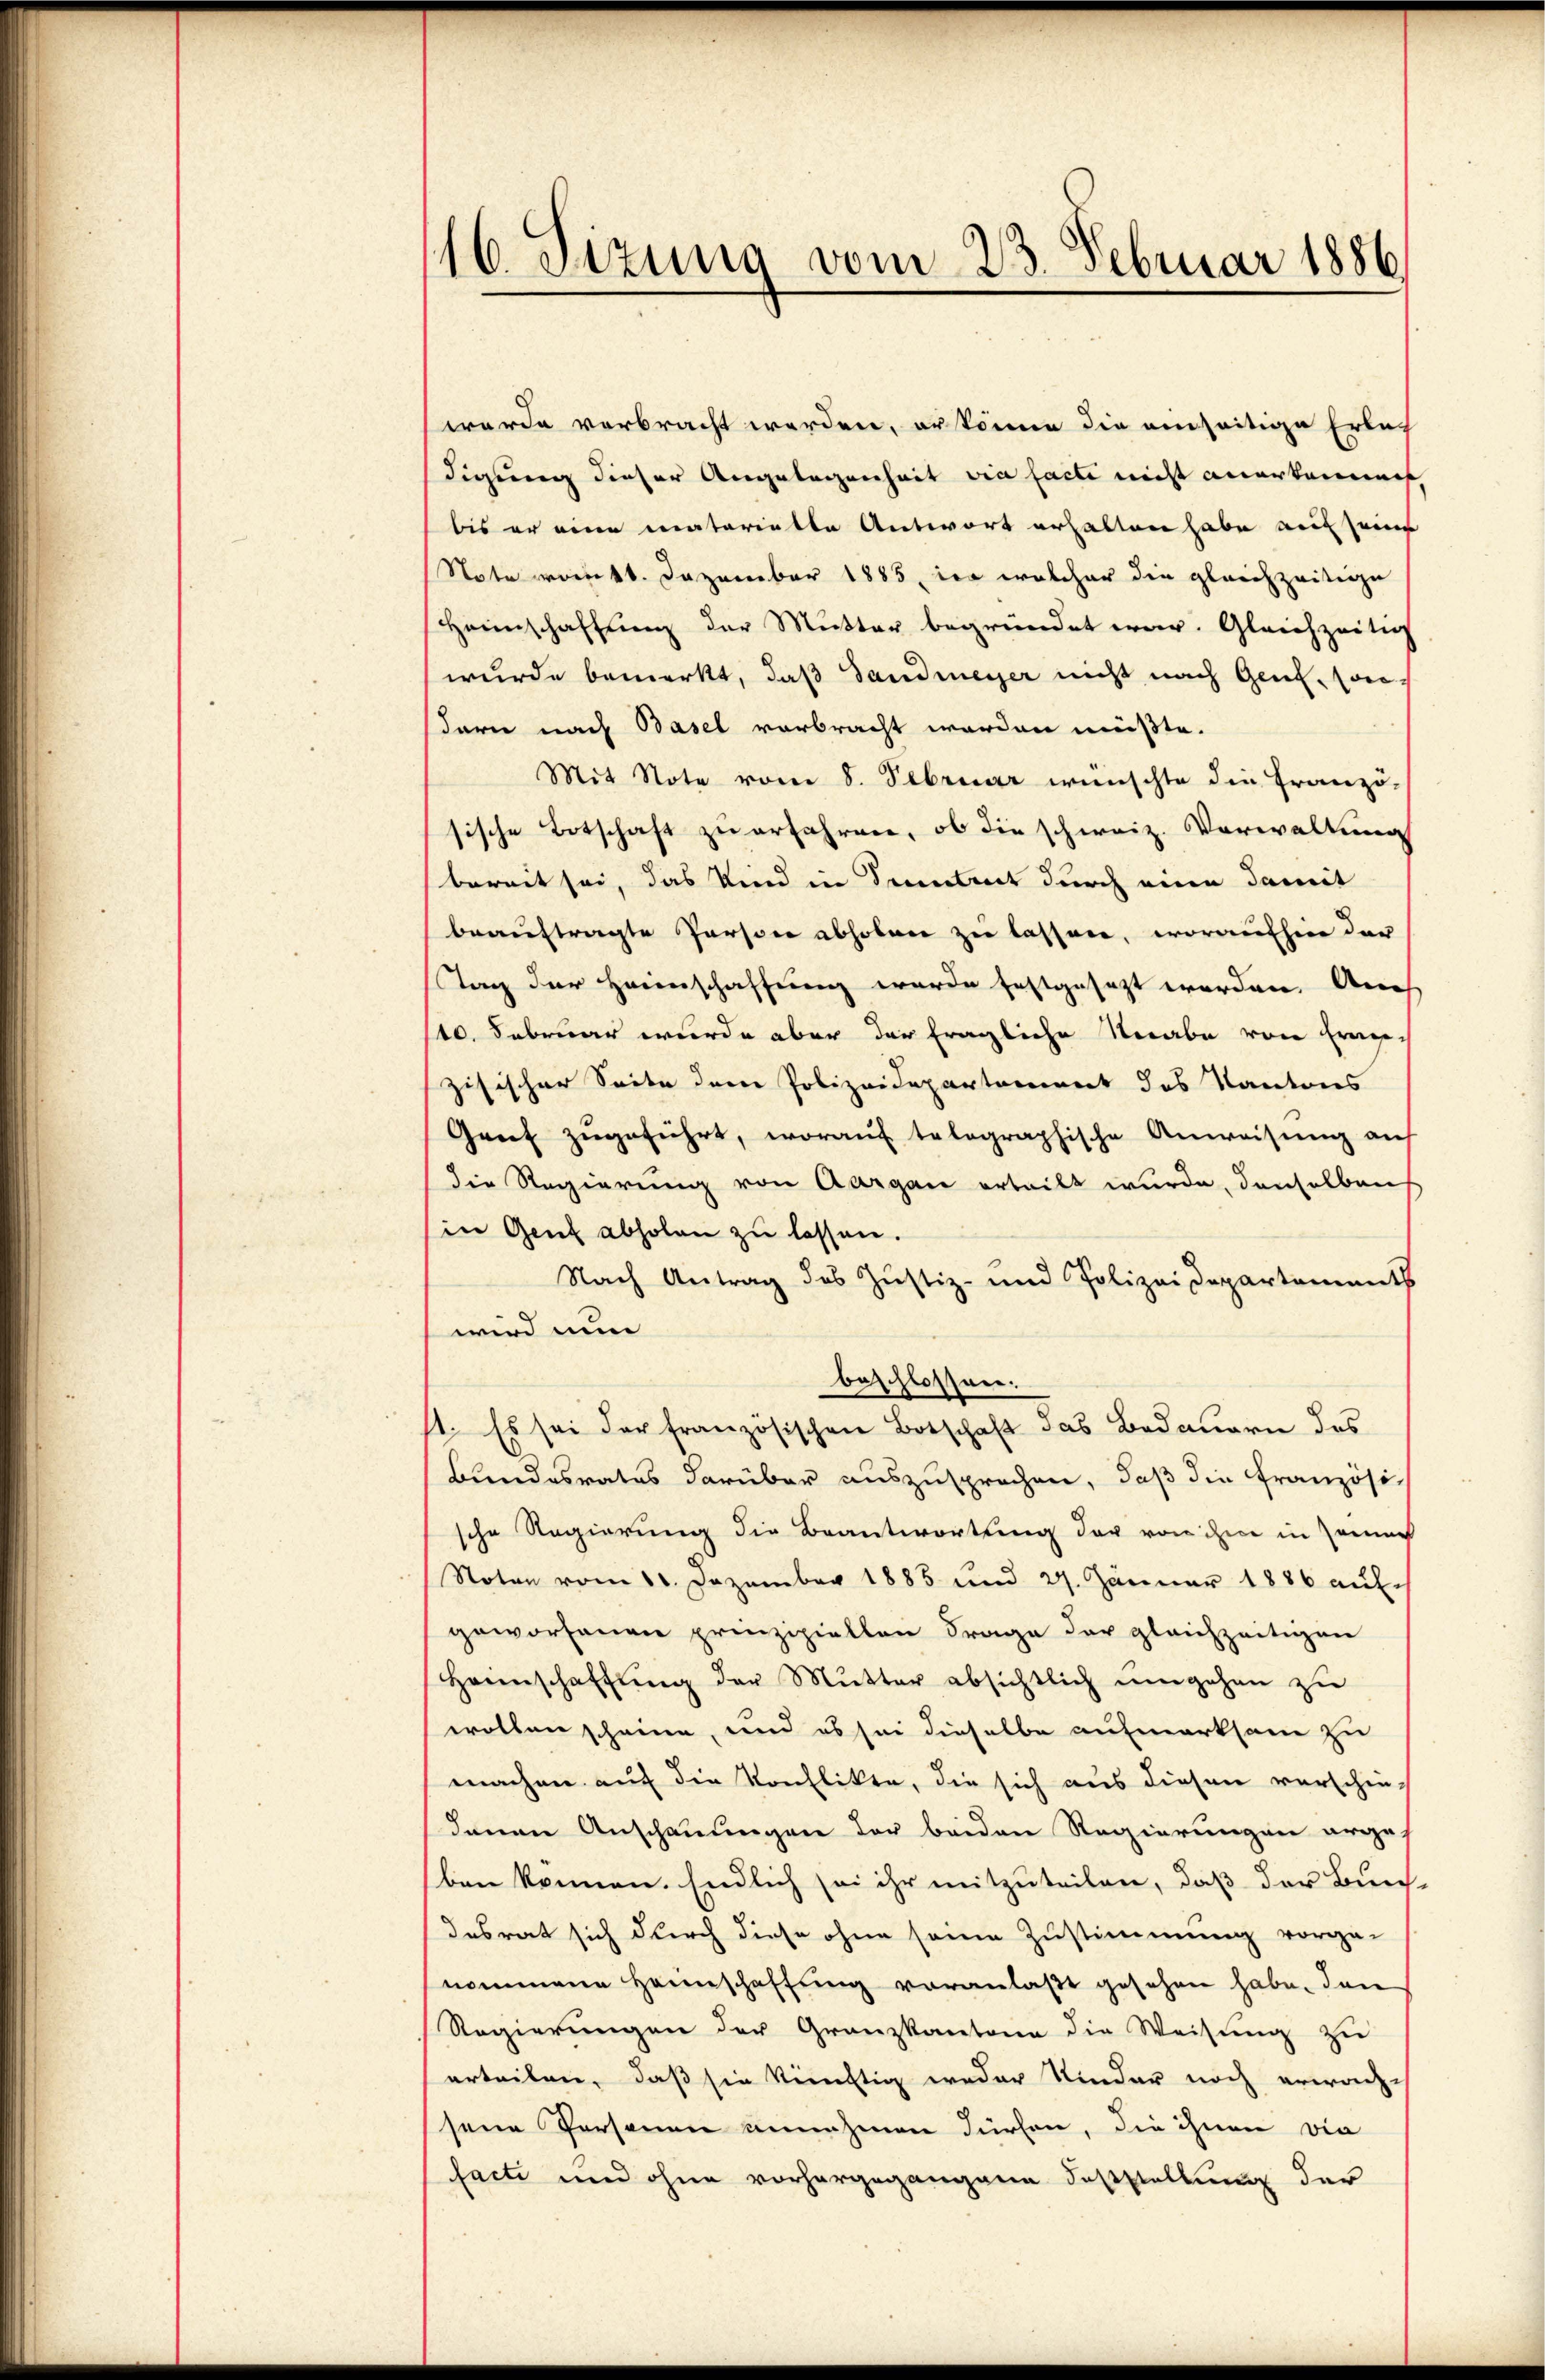
16. Sizung vom 23. Februar 1886

werde verbracht werden, er könne die einseitige Erlas
digung dieser Angelegenheit via facti nicht anerkammes,
bis er eine materiette Antwort erhalten habe auf seine
Note vom 11. Dezember 1885, der welcher die gleichzeitige
Heimschaffung der Mutter begründet war. Gleichzeitig
wurde bemerkt, daß Landmeyer nicht nach Genf, Candern nach Basel verbracht worden müßte.
Mit Note vom 8. Februar wünschte die Franzö-
sische Botschaft zu erfahren, ob die schweiz. Verwaltung
bereit sei, das Kind in Secentrict durch eine damit
beauftragte Persone abholen zu lassen, woraufhin der
Tag der Heimschaffung wurde festgesetzt worden. Auch
110. Februar wurde aber der fragliche Verabe von Frage,
zisischer Seite dene Polizeidepartement des Kantons
Genf zŭgeführt, worauf telographische Anweisung auf
die Regierung von Aargau erteilt wurde, denselben
in Genf abholen zu lassen.
Nach Antrag des Justiz- und Polizei Departement
wird nun
beschlossen.
1. Es sei der französischen Botschaft das Bedauern des
Bundesrates darüber auszusprochen, daß die Französis
sche Regierung die Beantwortung der von ihre in Zemen
Noton vom 11. Dezember 1885 und 27. Januar 1886 auf-
geworfenen prinzipiellen Frage der gleichzeitigen
Heimschaffŭng der Mutter absichtlich umgehen zu
wollen scheine, und es sei dieselbe aufmerksam zu
machen auf die Konflikte, die sich aus diesen verschiedenen Anschauungen der beiden Regierungen arges
ben können. Endlich sei ihr mitzuteilen, daß der Burch-
desrat sich durch diese ohne seine Zustimmung vorge-
nommene Heimschaffŭng veranlaβt gesehen habe. Dan
Regierungen der Granzkantone die Weisung zu
erteilen, daß sie künftig weder Kinder noch erwach-
sene Personen unnahmen dürfen, die ihnen die
facte und ohne vorhergegangene Fasstellung der